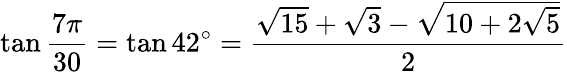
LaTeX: \tan{\frac{7\pi}{30}}=\tan 42^{\circ}={\frac{{\sqrt{15}}+{\sqrt{3}}-{\sqrt{10+2{\sqrt{5}}}}}{2}}